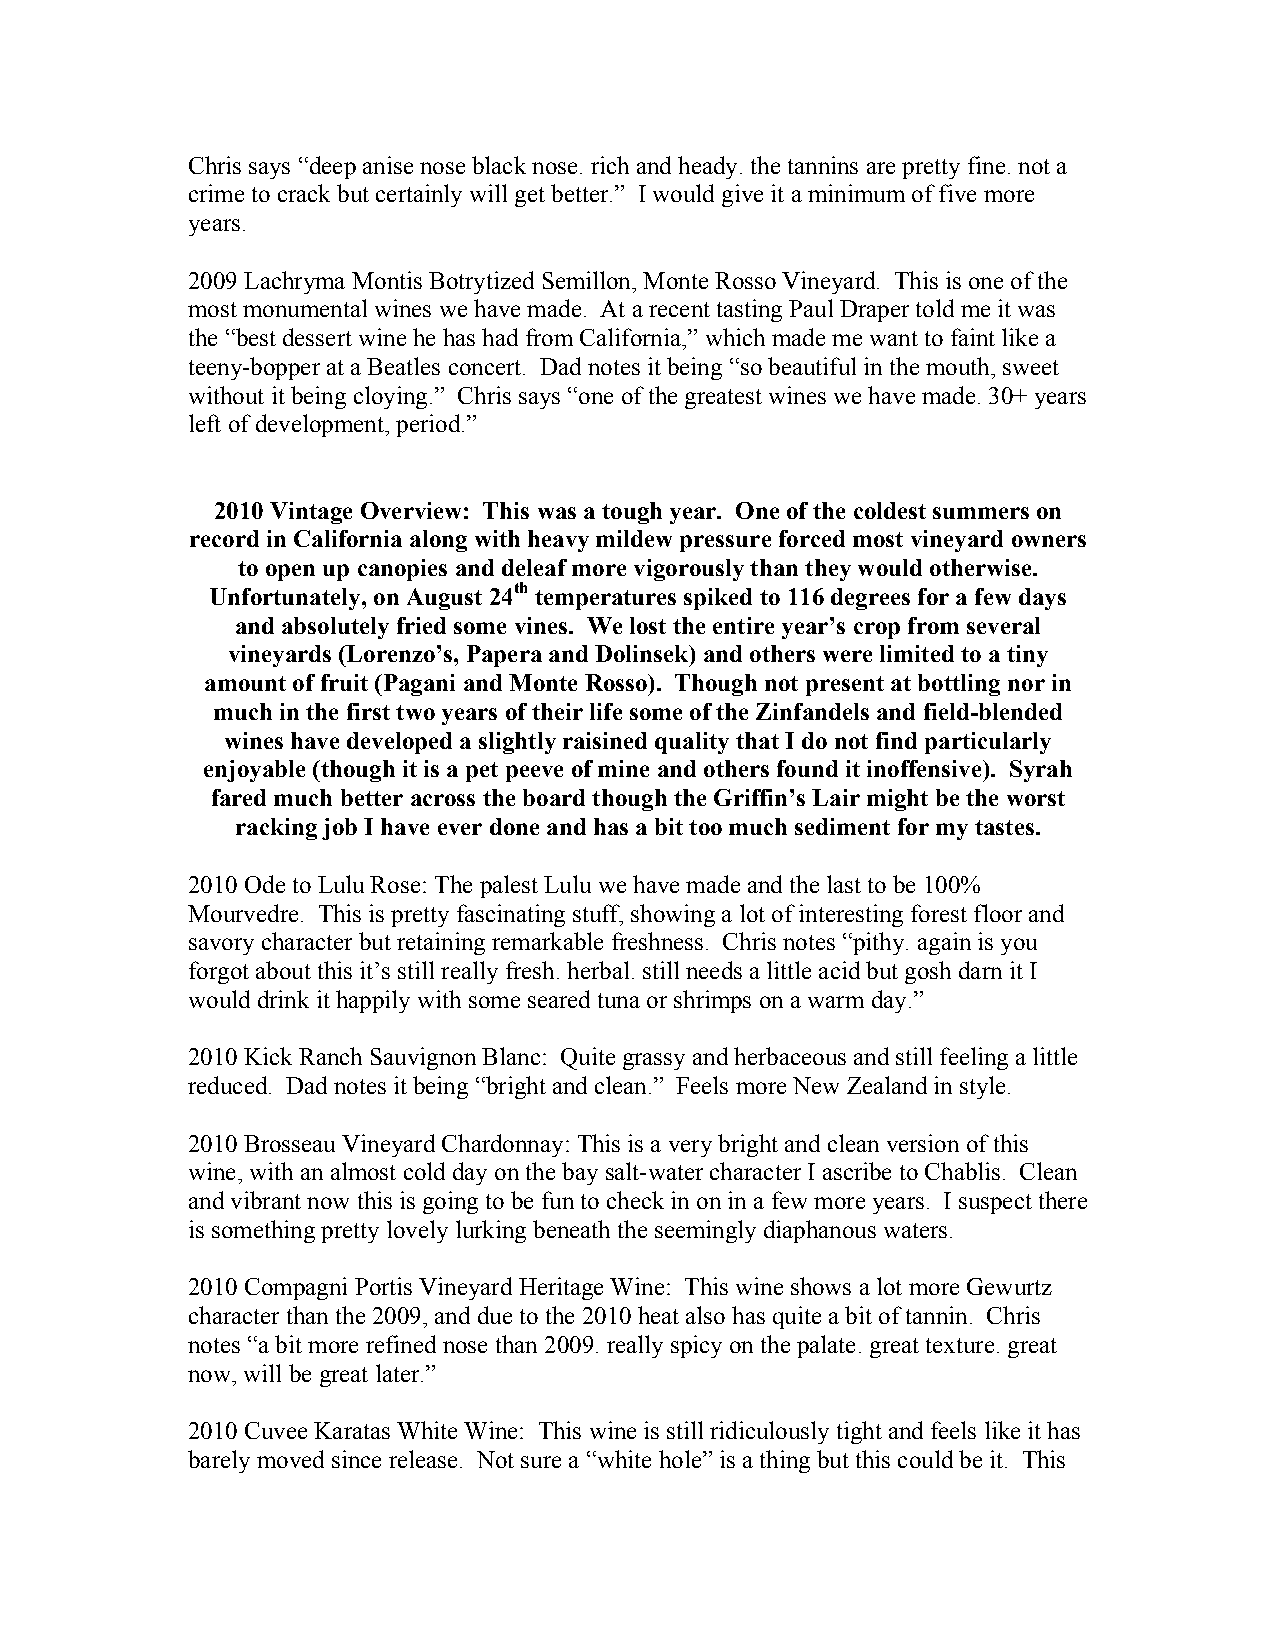
Chris says “deep anise nose black nose. rich and heady. the tannins are pretty fine. not a
 crime to crack but certainly will get better.” I would give it a minimum of five more
 years.
 2009 Lachryma Montis Botrytized Semillon, Monte Rosso Vineyard. This is one of the
 most monumental wines we have made. At a recent tasting Paul Draper told me it was
 the “best dessert wine he has had from California,” which made me want to faint like a
 teeny-bopper at a Beatles concert. Dad notes it being “so beautiful in the mouth, sweet
 without it being cloying.” Chris says “one of the greatest wines we have made. 30+ years
 left of development, period.”
 2010 Vintage Overview: This was a tough year. One of the coldest summers on
 record in California along with heavy mildew pressure forced most vineyard owners
 to open up canopies and deleaf more vigorously than they would otherwise.
 Unfortunately, on August 24th temperatures spiked to 116 degrees for a few days
 and absolutely fried some vines. We lost the entire year’s crop from several
 vineyards (Lorenzo’s, Papera and Dolinsek) and others were limited to a tiny
 amount of fruit (Pagani and Monte Rosso). Though not present at bottling nor in
 much in the first two years of their life some of the Zinfandels and field-blended
 wines have developed a slightly raisined quality that I do not find particularly
 enjoyable (though it is a pet peeve of mine and others found it inoffensive). Syrah
 fared much better across the board though the Griffin’s Lair might be the worst
 racking job I have ever done and has a bit too much sediment for my tastes.
 2010 Ode to Lulu Rose: The palest Lulu we have made and the last to be 100%
 Mourvedre. This is pretty fascinating stuff, showing a lot of interesting forest floor and
 savory character but retaining remarkable freshness. Chris notes “pithy. again is you
 forgot about this it’s still really fresh. herbal. still needs a little acid but gosh darn it I
 would drink it happily with some seared tuna or shrimps on a warm day.”
 2010 Kick Ranch Sauvignon Blanc: Quite grassy and herbaceous and still feeling a little
 reduced. Dad notes it being “bright and clean.” Feels more New Zealand in style.
 2010 Brosseau Vineyard Chardonnay: This is a very bright and clean version of this
 wine, with an almost cold day on the bay salt-water character I ascribe to Chablis. Clean
 and vibrant now this is going to be fun to check in on in a few more years. I suspect there
 is something pretty lovely lurking beneath the seemingly diaphanous waters.
 2010 Compagni Portis Vineyard Heritage Wine: This wine shows a lot more Gewurtz
 character than the 2009, and due to the 2010 heat also has quite a bit of tannin. Chris
 notes “a bit more refined nose than 2009. really spicy on the palate. great texture. great
 now, will be great later.”
 2010 Cuvee Karatas White Wine: This wine is still ridiculously tight and feels like it has
 barely moved since release. Not sure a “white hole” is a thing but this could be it. This